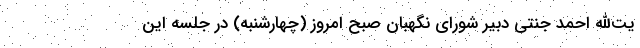
یت‌الله احمد جنتی دبیر شورای نگهبان صبح امروز (چهارشنبه) در جلسه این